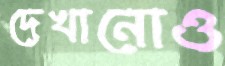
দেখানোও